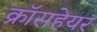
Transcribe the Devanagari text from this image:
क्रॉसहेयर